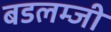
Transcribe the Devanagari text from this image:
बडलम्जी